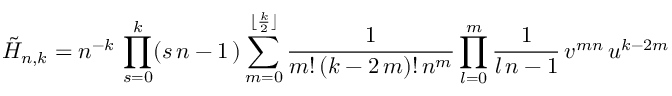
\tilde { H } _ { n , k } = n ^ { - k } \, \prod _ { s = 0 } ^ { k } ( s \, n - 1 \, ) \sum _ { m = 0 } ^ { \lfloor \frac { k } { 2 } \rfloor } \frac { 1 } { m ! \, ( k - 2 \, m ) ! \, n ^ { m } } \prod _ { l = 0 } ^ { m } { \frac { 1 } { l \, n - 1 } } \, v ^ { m n } \, u ^ { k - 2 m }